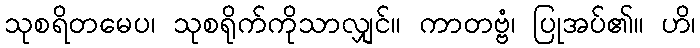
သုစရိတမေပ၊ သုစရိုက်ကိုသာလျှင်။ ကာတဗ္ဗံ၊ ပြုအပ်၏။ ဟိ၊